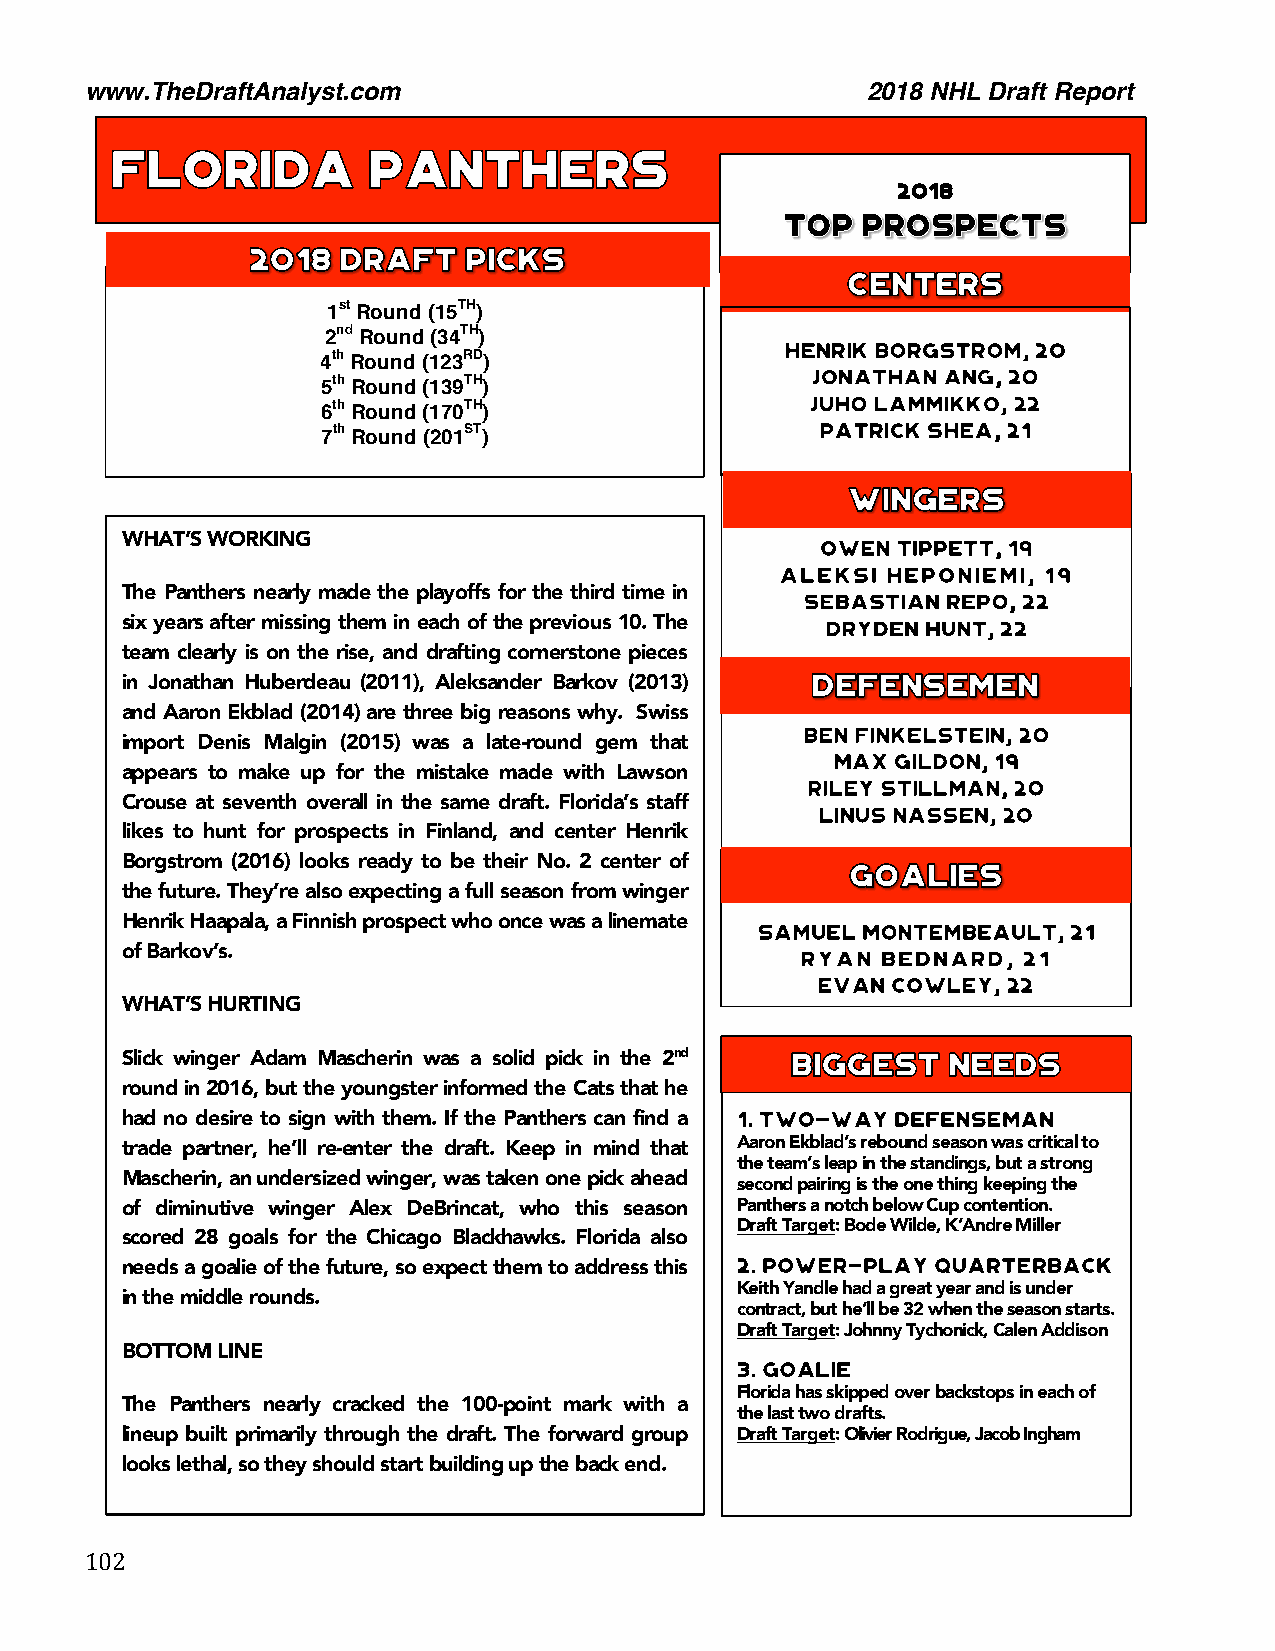
www.TheDraftAnalyst.com                            2018 NHL Draft Report
 2018
 1st Round (15TH)
 2nd Round (34TH)
 4th Round (123RD)
 5th Round (139TH)
 6th Round (170TH)
 7th Round (201ST)
 WHAT’S WORKING
 The Panthers nearly made the playoffs for the third time in
 six years after missing them in each of the previous 10. The
 team clearly is on the rise, and drafting cornerstone pieces
 in Jonathan Huberdeau (2011), Aleksander Barkov (2013)
 and Aaron Ekblad (2014) are three big reasons why. Swiss
 import Denis Malgin (2015) was a late-round gem that
 appears to make up for the mistake made with Lawson
 Crouse at seventh overall in the same draft. Florida’s staff
 likes to hunt for prospects in Finland, and center Henrik
 Borgstrom (2016) looks ready to be their No. 2 center of
 the future. They’re also expecting a full season from winger
 Henrik Haapala, a Finnish prospect who once was a linemate
 of Barkov’s.
 WHAT’S HURTING
 Slick winger Adam Mascherin was a solid pick in the 2nd
 round in 2016, but the youngster informed the Cats that he
 had no desire to sign with them. If the Panthers can find a
 trade partner, he’ll re-enter the draft. Keep in mind that Aaron Ekblad’s rebound season was critical to
 the team’s leap in the standings, but a strong
 Mascherin, an undersized winger, was taken one pick ahead
 second pairing is the one thing keeping the
 of diminutive winger Alex DeBrincat, who this season Panthers a notch below Cup contention.
 Draft Target: Bode Wilde, K’Andre Miller
 scored 28 goals for the Chicago Blackhawks. Florida al1s2o0 .
 needs a goalie of the future, so expect them to address this
 Keith Yandle had a great year and is under
 in the middle rounds.
 contract, but he’ll be 32 when the season starts.
 123. Draft Target: Johnny Tychonick, Calen Addison
 BOTTOM LINE
 Florida has skipped over backstops in each of
 The Panthers nearly cracked the 100-point mark with a
 the last two drafts.
 lineup built primarily through the draft. The forward group Draft Target: Olivier Rodrigue, Jacob Ingham
 looks lethal, so they should start building up the back end.
 102